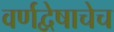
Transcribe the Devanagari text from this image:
वर्णद्वेषाचेच